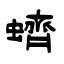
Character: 蠐